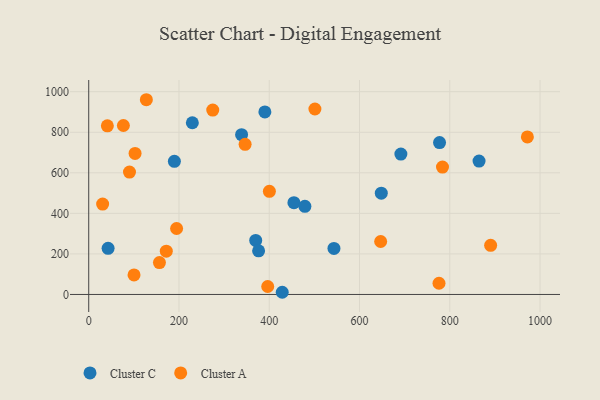
{"axis": {"x": "Experience", "y": "Salary"}, "legend": ["Cluster A", "Cluster C"], "data": [{"x": "42.9", "y": 227.4, "type": "Cluster C"}, {"x": "370.0", "y": 266.3, "type": "Cluster C"}, {"x": "777.4", "y": 749.2, "type": "Cluster C"}, {"x": "454.7", "y": 452.6, "type": "Cluster C"}, {"x": "428.8", "y": 10.8, "type": "Cluster C"}, {"x": "648.3", "y": 499.4, "type": "Cluster C"}, {"x": "189.8", "y": 656.6, "type": "Cluster C"}, {"x": "864.9", "y": 657.6, "type": "Cluster C"}, {"x": "390.3", "y": 900.0, "type": "Cluster C"}, {"x": "229.6", "y": 846.8, "type": "Cluster C"}, {"x": "543.4", "y": 227.1, "type": "Cluster C"}, {"x": "376.4", "y": 215.3, "type": "Cluster C"}, {"x": "479.0", "y": 434.5, "type": "Cluster C"}, {"x": "338.7", "y": 787.9, "type": "Cluster C"}, {"x": "691.7", "y": 692.6, "type": "Cluster C"}, {"x": "400.3", "y": 508.8, "type": "Cluster A"}, {"x": "501.2", "y": 914.7, "type": "Cluster A"}, {"x": "102.7", "y": 695.5, "type": "Cluster A"}, {"x": "972.0", "y": 776.8, "type": "Cluster A"}, {"x": "776.2", "y": 55.4, "type": "Cluster A"}, {"x": "171.9", "y": 213.7, "type": "Cluster A"}, {"x": "274.8", "y": 909.5, "type": "Cluster A"}, {"x": "194.7", "y": 325.3, "type": "Cluster A"}, {"x": "346.5", "y": 740.5, "type": "Cluster A"}, {"x": "76.8", "y": 833.2, "type": "Cluster A"}, {"x": "646.9", "y": 261.1, "type": "Cluster A"}, {"x": "396.6", "y": 39.4, "type": "Cluster A"}, {"x": "90.3", "y": 603.4, "type": "Cluster A"}, {"x": "156.7", "y": 157.4, "type": "Cluster A"}, {"x": "890.6", "y": 242.5, "type": "Cluster A"}, {"x": "100.4", "y": 96.3, "type": "Cluster A"}, {"x": "30.8", "y": 445.7, "type": "Cluster A"}, {"x": "127.7", "y": 960.4, "type": "Cluster A"}, {"x": "41.3", "y": 831.5, "type": "Cluster A"}, {"x": "783.9", "y": 628.4, "type": "Cluster A"}]}